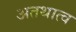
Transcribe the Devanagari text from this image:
अतथात्व